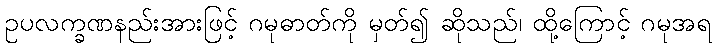
ဥပလက္ခဏနည်းအားဖြင့် ဂမုဓာတ်ကို မှတ်၍ ဆိုသည်၊ ထို့ကြောင့် ဂမုအရ